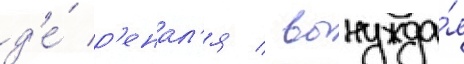
д'е́ р'енал'я / вынужда́я